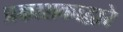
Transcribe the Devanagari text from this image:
प्रकाशकाद्वारे